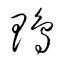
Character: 鴨